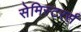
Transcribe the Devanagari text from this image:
सेमिस्टरर्स